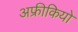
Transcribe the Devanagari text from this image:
अफ्रीकियो